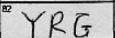
Transcription: YRG